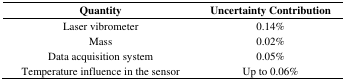
<table><thead><tr><td><b>Quantity</b></td><td><b>Uncertainty Contribution</b></td></tr></thead><tbody><tr><td>Laser vibrometer</td><td>0.14%</td></tr><tr><td>Mass</td><td>0.02%</td></tr><tr><td>Data acquisition system</td><td>0.05%</td></tr><tr><td>Temperature influence in the sensor</td><td>Up to 0.06%</td></tr></tbody></table>